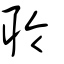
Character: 聆